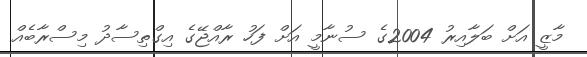
މާޒީ އަށް ބަލާއިރު 2004ގެ ސުނާމީ އަށް ފަހު ރާއްޖޭގެ އިގްތިސާދު މިސްރާބެއް